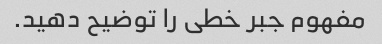
مفهوم جبر خطی را توضیح دهید.